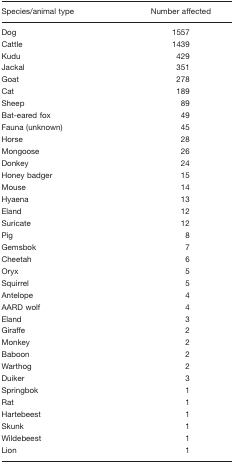
<table><thead><tr><td><b>Species/animal type</b></td><td><b>Number affected</b></td></tr></thead><tbody><tr><td>Dog</td><td>1557</td></tr><tr><td>Cattle</td><td>1439</td></tr><tr><td>Kudu</td><td>429</td></tr><tr><td>Jackal</td><td>351</td></tr><tr><td>Goat</td><td>278</td></tr><tr><td>Cat</td><td>189</td></tr><tr><td>Sheep</td><td>89</td></tr><tr><td>Bat-eared fox</td><td>49</td></tr><tr><td>Fauna (unknown)</td><td>45</td></tr><tr><td>Horse</td><td>28</td></tr><tr><td>Mongoose</td><td>26</td></tr><tr><td>Donkey</td><td>24</td></tr><tr><td>Honey badger</td><td>15</td></tr><tr><td>Mouse</td><td>14</td></tr><tr><td>Hyaena</td><td>13</td></tr><tr><td>Eland</td><td>12</td></tr><tr><td>Suricate</td><td>12</td></tr><tr><td>Pig</td><td>8</td></tr><tr><td>Gemsbok</td><td>7</td></tr><tr><td>Cheetah</td><td>6</td></tr><tr><td>Oryx</td><td>5</td></tr><tr><td>Squirrel</td><td>5</td></tr><tr><td>Antelope</td><td>4</td></tr><tr><td>AARD wolf</td><td>4</td></tr><tr><td>Eland</td><td>3</td></tr><tr><td>Giraffe</td><td>2</td></tr><tr><td>Monkey</td><td>2</td></tr><tr><td>Baboon</td><td>2</td></tr><tr><td>Warthog</td><td>2</td></tr><tr><td>Duiker</td><td>3</td></tr><tr><td>Springbok</td><td>1</td></tr><tr><td>Rat</td><td>1</td></tr><tr><td>Hartebeest</td><td>1</td></tr><tr><td>Skunk</td><td>1</td></tr><tr><td>Wildebeest</td><td>1</td></tr><tr><td>Lion</td><td>1</td></tr></tbody></table>